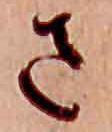
さ